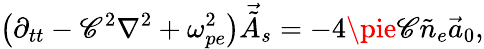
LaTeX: \left(\partial_{tt}-\mathscr{C}^{2}\nabla^{2}+\omega_{pe}^{2}\right)\vec{{\tilde{{A}}}}_{s}=-4\pie\mathscr{C}\tilde{{n}}_{e}\vec{{a}}_{0},